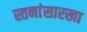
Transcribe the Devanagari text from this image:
स्तनांसारखा